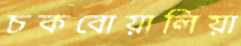
চকবোয়ালিয়া